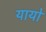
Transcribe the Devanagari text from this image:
यायो